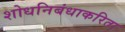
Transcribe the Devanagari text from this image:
शोधनिबंधाकरिता